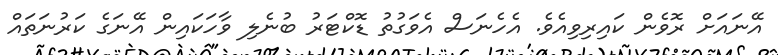
އޭނައަށް ރޮވެން ކައިރިވިއެވެ. އެހެނަސް އެވަގުތު ޑޮކްޓަރު ބުނެލި ވާހަކައިން އޭނަގެ ކަރުނަތައް